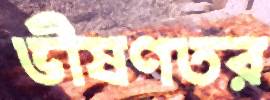
ভীষণতর